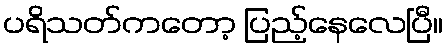
ပရိသတ်ကတော့ ပြည့်နေလေပြီ။